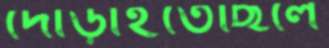
দৌড়াইতেছিলে